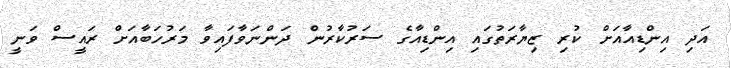
އަދި އިންޑިއާއަށް ކުރި ޒިޔާރަތުގައި އިންޑިއާގެ ސަރުކާރުން ދަންނަވާފައިވާ މަރުހަބާއަށް ރައީސް ވަނީ